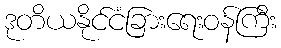
ဒုတိယနိုင်ငံခြားရေးဝန်ကြီး